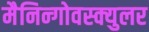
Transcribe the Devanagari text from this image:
मैनिन्गोवस्क्युलर